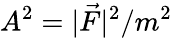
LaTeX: A^{2}=|\vec{F}|^{2}/m^{2}